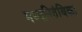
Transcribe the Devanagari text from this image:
मध्यनितंबिका